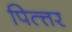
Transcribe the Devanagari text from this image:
पित्त्तर